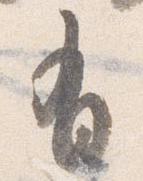
有